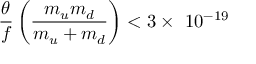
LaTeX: \frac { \theta } { f } \left( \frac { m _ { u } m _ { d } } { m _ { u } + m _ { d } } \right) < 3 \times ~ 1 0 ^ { - 1 9 }